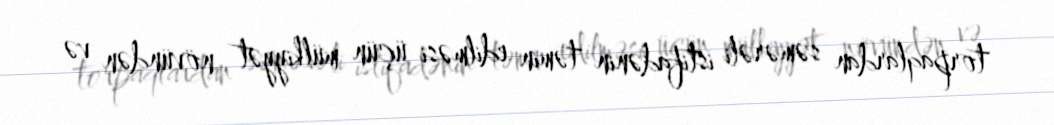
torpaqlardan səmərəli istifadənin təmin edilməsi üçün mülkiyyət növündən və